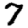
Digit: 7